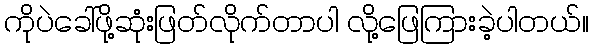
ကိုပဲခေါ်ဖို့ဆုံးဖြတ်လိုက်တာပါ လို့ဖြေကြားခဲ့ပါတယ်။